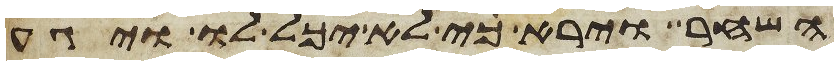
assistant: השחר וירא כי לא יכל לו ויגע